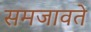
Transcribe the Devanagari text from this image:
समजावते